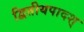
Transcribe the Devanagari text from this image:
द्वितीयपादश्